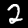
Label: 2